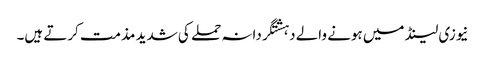
نیوزی لینڈ میں ہونے والے دہشتگردانہ حملے کی شدید مذمت کرتے ہیں۔